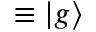
\equiv \left| g \right\rangle